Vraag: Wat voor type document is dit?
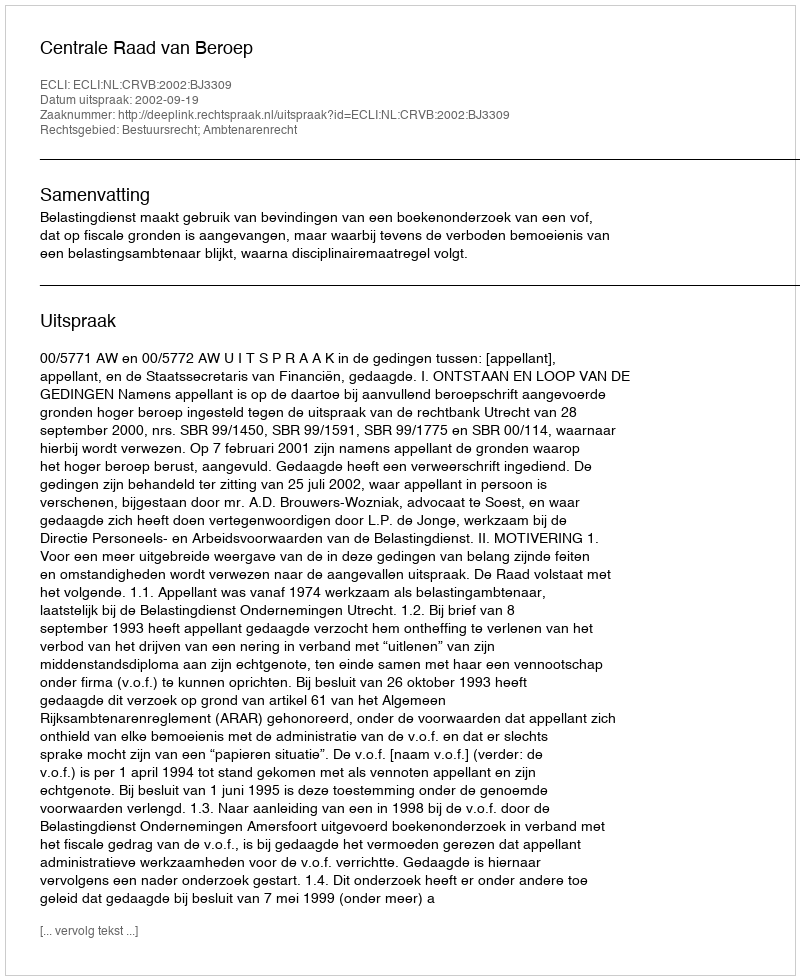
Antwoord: Uitspraak